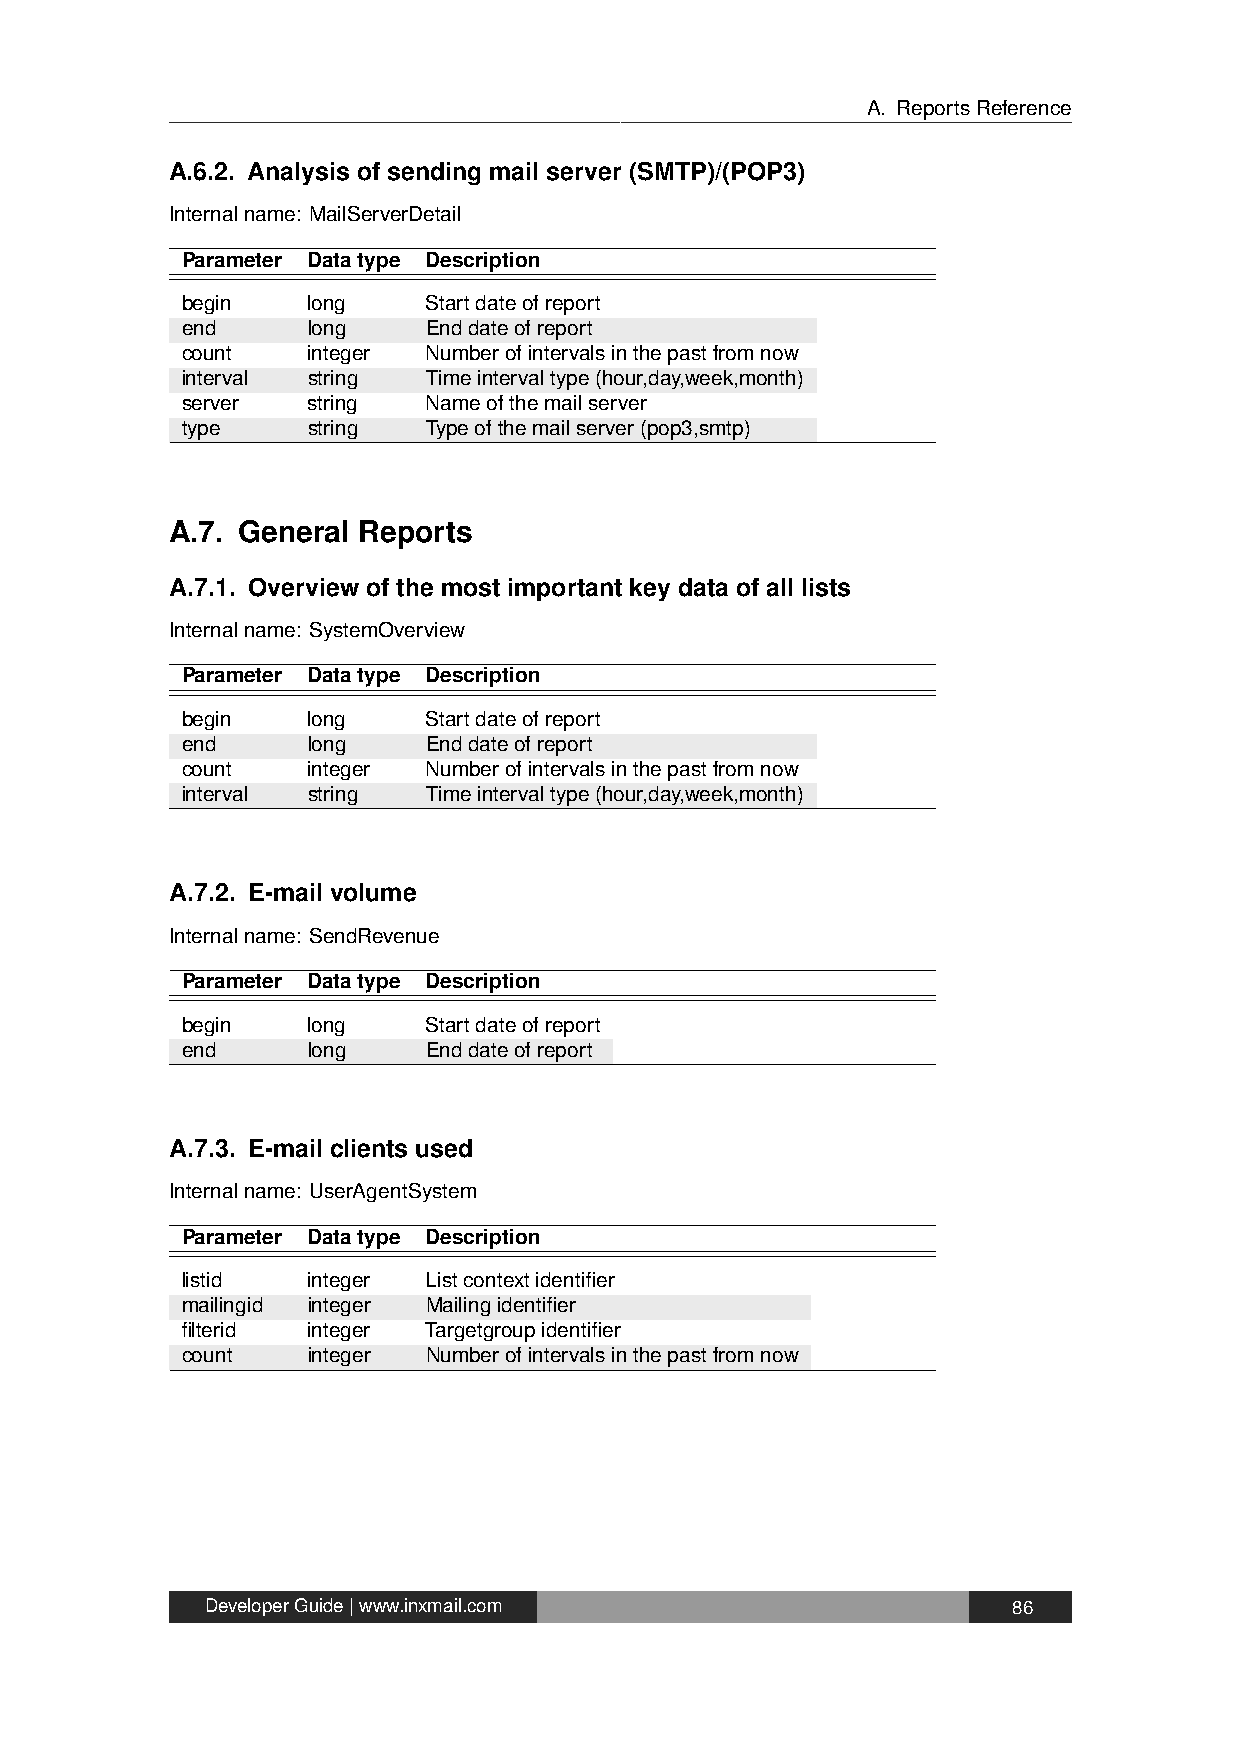
A. ReportsReference
 A.6.2. Analysis of sending mail server (SMTP)/(POP3)
 Internalname: MailServerDetail
 Parameter Datatype Description
 begin   long    Startdateofreport
 end     long    Enddateofreport
 count   integer Numberofintervalsinthepastfromnow
 interval string Timeintervaltype(hour,day,week,month)
 server  string  Nameofthemailserver
 type    string  Typeofthemailserver(pop3,smtp)
 A.7. General Reports
 A.7.1. Overview of the most important key data of all lists
 Internalname: SystemOverview
 Parameter Datatype Description
 begin   long    Startdateofreport
 end     long    Enddateofreport
 count   integer Numberofintervalsinthepastfromnow
 interval string Timeintervaltype(hour,day,week,month)
 A.7.2. E-mail volume
 Internalname: SendRevenue
 Parameter Datatype Description
 begin   long    Startdateofreport
 end     long    Enddateofreport
 A.7.3. E-mail clients used
 Internalname: UserAgentSystem
 Parameter Datatype Description
 listid  integer Listcontextidentifier
 mailingid integer Mailingidentifier
 filterid integer Targetgroupidentifier
 count   integer Numberofintervalsinthepastfromnow
 DeveloperGuide|www.inxmail.com                       86